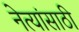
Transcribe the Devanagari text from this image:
नेत्यांसाठी